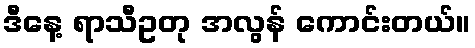
ဒီနေ့ ရာသီဥတု အလွန် ကောင်းတယ်။